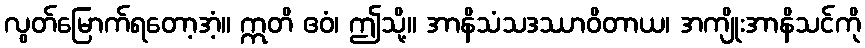
လွတ်မြောက်ရတော့အံ့။ ဣတိ ဧဝံ၊ ဤသို့။ အာနိသံသဒဿာဝိတာယ၊ အကျိုးအာနိသင်ကို